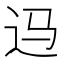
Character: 𲅎